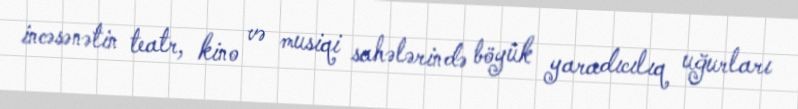
incəsənətin teatr, kino və musiqi sahələrində böyük yaradıcılıq uğurları